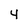
Character: 4